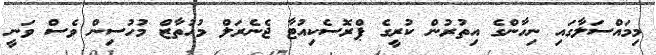
މިމައްސަލާގައި ނިހާންގެ އިތުރުން ކުރީގެ ޕްރޮސެކިއުޓާ ޖެނެރަލް މުހުތާޒް މުހުސިން ވެސް ވަނީ